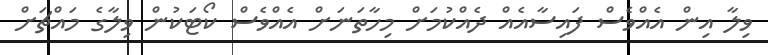
ވިލާ އިން އެއްވެސް ފައިސާއެއް ދެއްކުމަށް މިހާތަނަށް އެއްވެސް ކޯޓަކުން ވިލާގެ މައްޗަށް